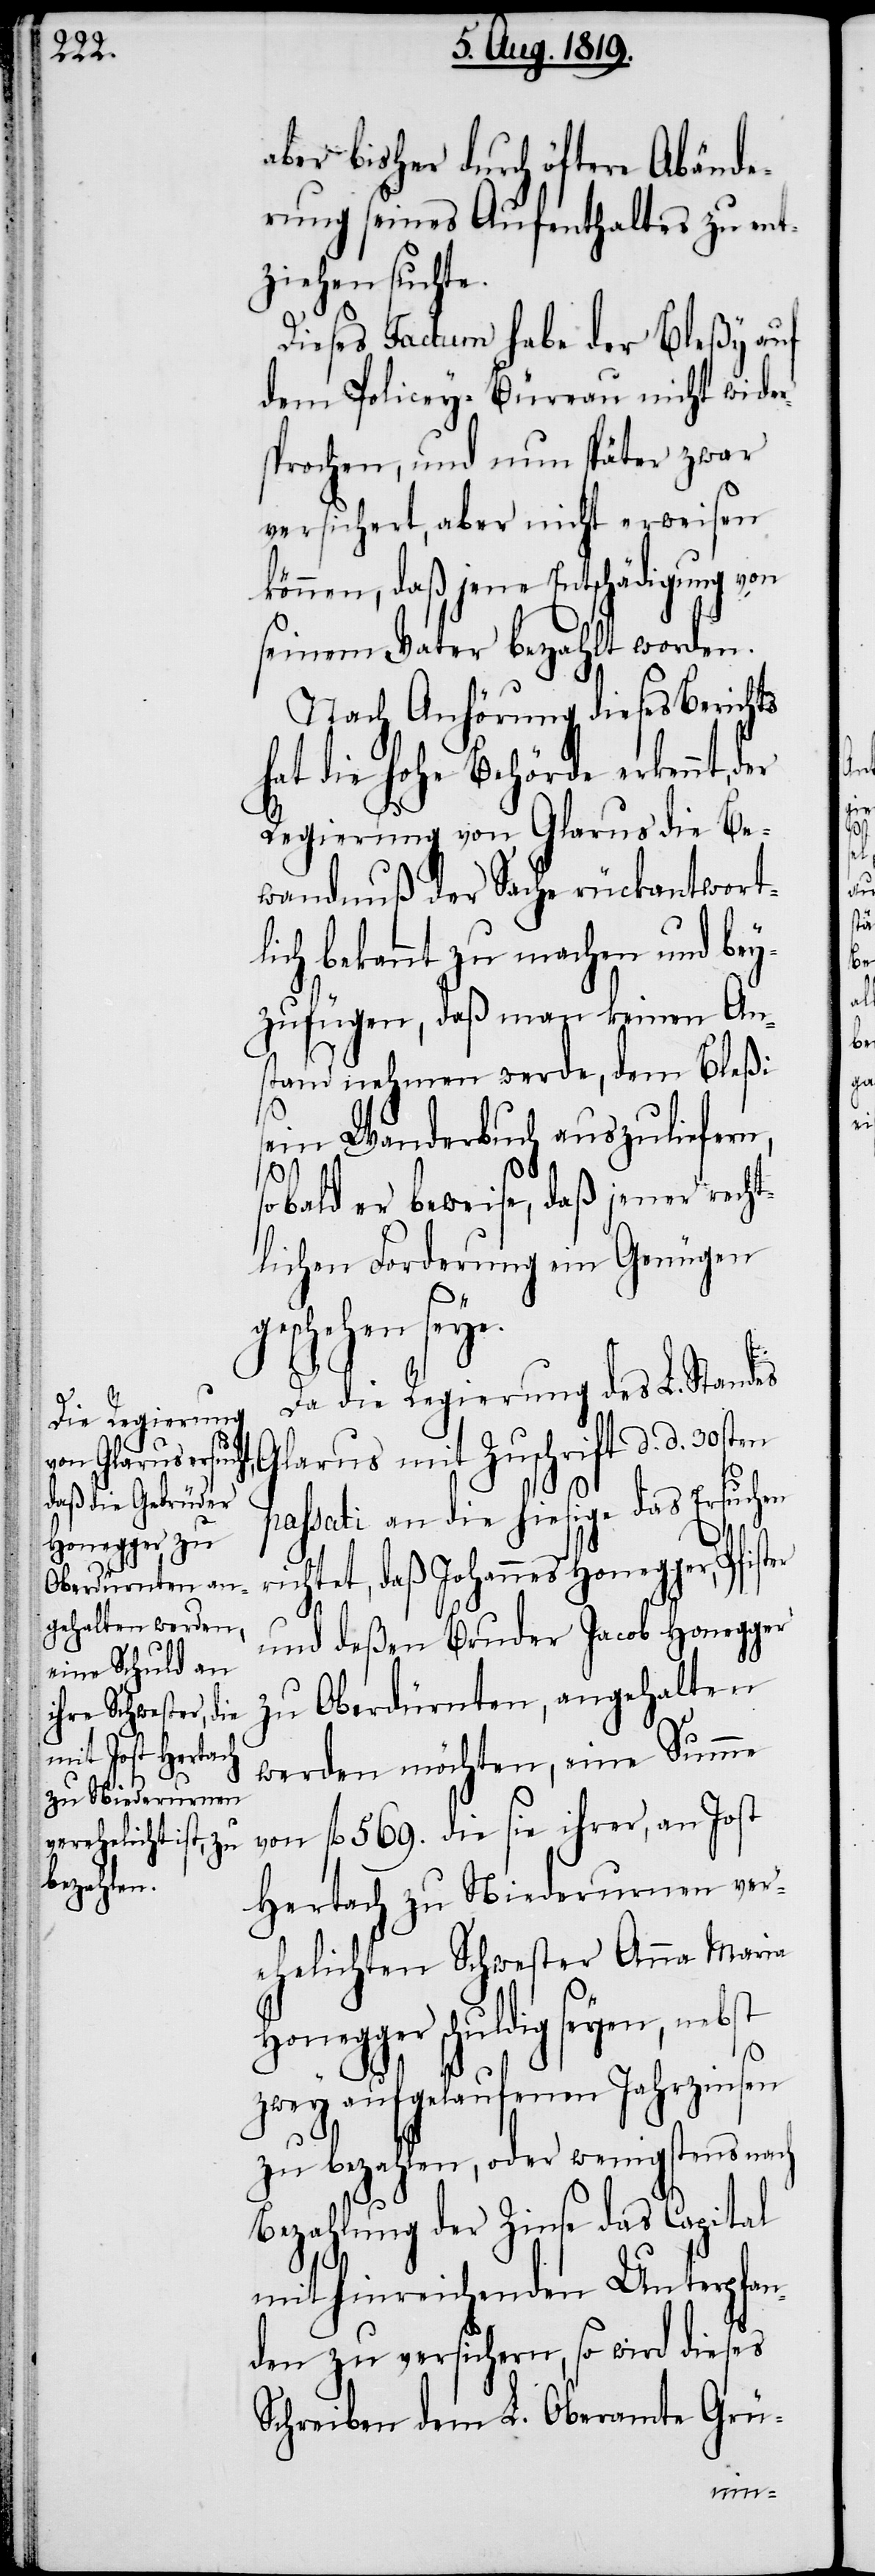
Hon¬

aber bisher durch öftere Abände¬
rung seines Aufenthaltes zu ent¬
ziehen suchte.
Dieses Factum habe der Bleßy auf
dem Policey-Büreau nicht wider¬
sprochen, und nun später zwar
versichert, aber nicht erweisen
können, daß jene Entschädigung von
seinem Vater bezahlt worden.
Nach Anhörung dieses Berichts
hat die hohe Behörde erkennt,
Regierung von Glarus die Be¬
wandnuß der Sache rückantwortl¬
ich bekannt zu machen und be¬
yzufügen, daß man keinen Ans¬
tand nehmen werde, dem Bleßi
sein Wanderbuch auszuliefern,
ri¬
soblad er beweise, daß jener recht¬
lichen Forderung ein Genügen
geschehen seye.
Da die Regierung des L. Standes
Glarus mit Zuschrift d. d. 30sten
passati an die hiesige das Ersuchen
chtet, daß Johannes Honegger, Pfis¬
und deßen Bruder Jacob Honegger
zu Oberdürnten, angehalten
werden möchten, eine Summe
von fl. 569. die sie ihrer, an Jost
Hertach zu Niederurnen ver¬
ehelichten Schwester Anna Maria
egger schuldig seyen, nebst
zwey aufgelaufenen Jahrzinsen
zu bezahlen, oder wenigstens nach
Bezahlung der Zinse das Capital
mit hinreichenden Unterpfan¬
den zu versichern, so wird dieses
Schreiben dem L. Oberamte Grü-